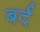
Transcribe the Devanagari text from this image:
बर्द